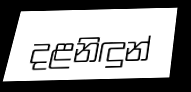
දළනිඳුන්